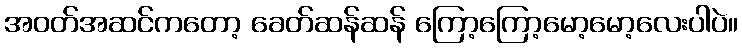
အဝတ်အဆင်ကတော့ ခေတ်ဆန်ဆန် ကြော့ကြော့မော့မော့လေးပါပဲ။